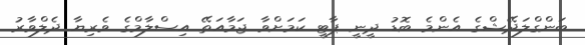
ބަންގްލަދޭޝްގެ އެންމެ ބޮޑު ދީނީ ޕާޓީ ކަމަށްވާ ޖަމާއަތޭ އިސްލާމްގެ ވެރިޔާ ދެލްވާރު